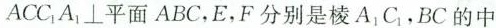
ACC_{1}A_{1}⊥平面ABC，E，F分别是棱A_{1}C_{1}，BC的中